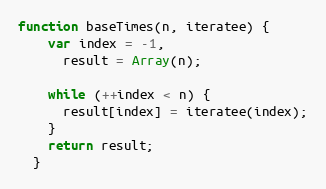
Language: JavaScript
function baseTimes(n, iteratee) {
    var index = -1,
      result = Array(n);

    while (++index < n) {
      result[index] = iteratee(index);
    }
    return result;
  }